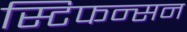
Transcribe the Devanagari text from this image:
स्टिफन्सन